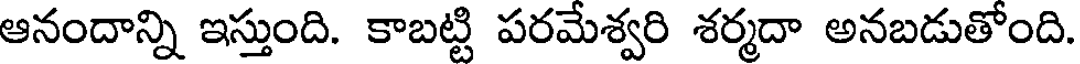
ఆనందాన్ని ఇస్తుంది. కాబట్టి పరమేశ్వరి శర్మదా అనబడుతోంది.